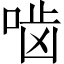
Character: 啮